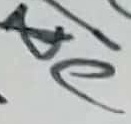
Text: C